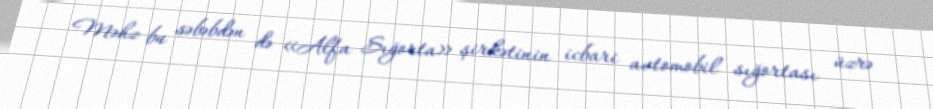
Məhz bu səbəbdən də «Alfa Sığorta» şirkətinin icbari avtomobil sığortası üzrə